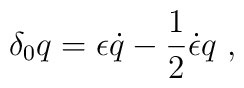
\delta_0 q = \epsilon \dot q-{1\over 2} \dot\epsilon q\ ,